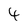
Character: 4